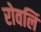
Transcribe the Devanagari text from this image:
रोवलिं